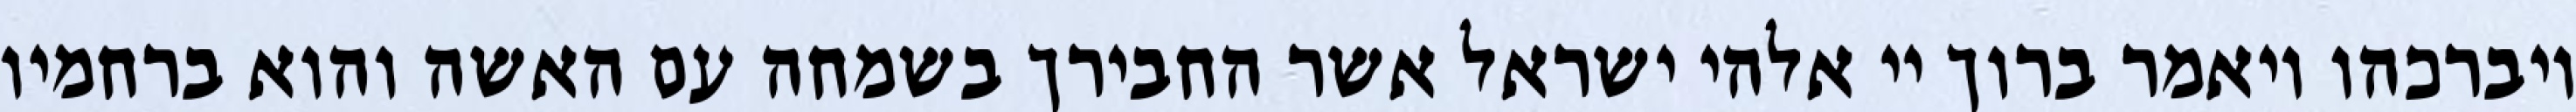
ויברכהו ויאמר ברוך יי אלהי ישראל אשר החבירך בשמחה עם האשה והוא ברחמיו